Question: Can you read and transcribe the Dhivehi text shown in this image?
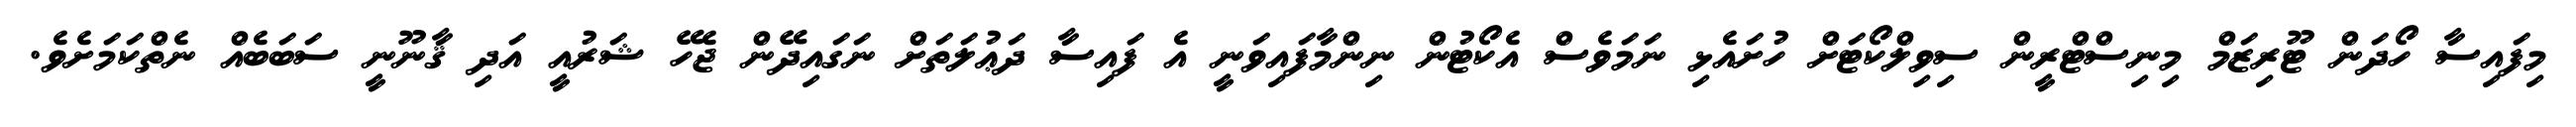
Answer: މިފައިސާ ހޯދަން ޓޫރިޒަމް މިނިސްޓްރީން ސިވިލްކޯޓަށް ހުށައެޅި ނަމަވެސް އެކޯޓުން ނިންމާފައިވަނީ އެ ފައިސާ ދަޢުލަތަށް ނަގައިދޭން ޖެހޭ ޝަރުއީ އަދި ޤާނޫނީ ސަބަބެއް ނެތްކަމަށެވެ.